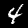
Digit: 4